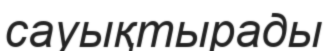
сауықтырады